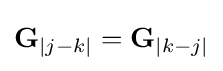
\mathbf {G} _{|j-k|}=\mathbf {G} _{|k-j|}